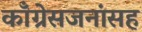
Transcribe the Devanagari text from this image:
काँग्रेसजनांसह